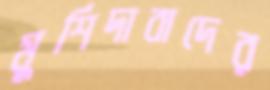
মুর্শিদাবাদের